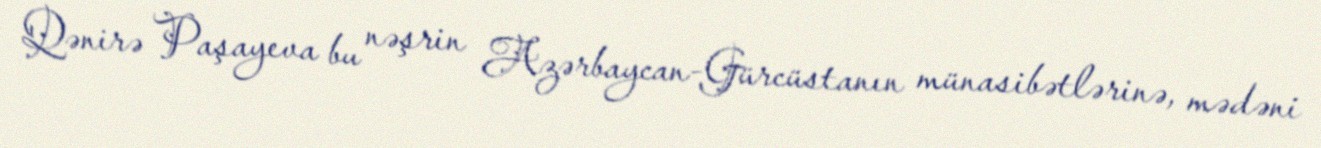
Qənirə Paşayeva bu nəşrin Azərbaycan-Gürcüstanın münasibətlərinə, mədəni